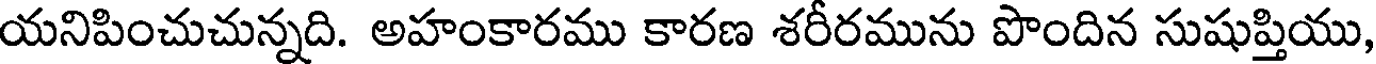
యనిపించుచున్నది. అహంకారము కారణ శరీరమును పొందిన సుషుప్తియు,